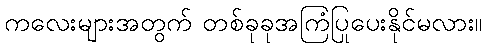
ကလေးများအတွက် တစ်ခုခုအကြံပြုပေးနိုင်မလား။